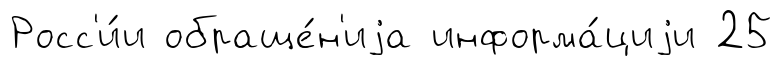
Росс'и́и обраще́н'иjа информа́циjи 25